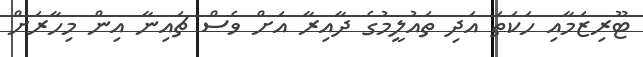
ޓޫރިޒަމާއި ހަކަތަ އަދި ތައުލީމުގެ ދާއިރާ އަށް ވެސް ޗައިނާ އިން މިހާރަށް